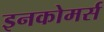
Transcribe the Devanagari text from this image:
इनकोमर्स